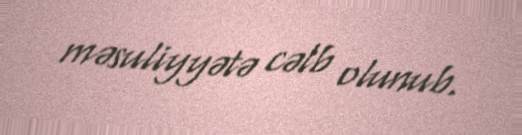
məsuliyyətə cəlb olunub.